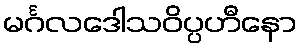
မင်္ဂလဒေါသဝိပ္ပဟီနော